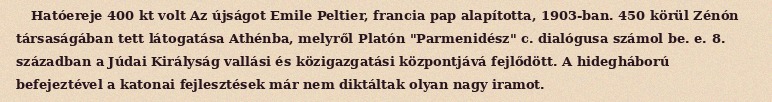
Hatóereje 400 kt volt Az újságot Emile Peltier, francia pap alapította, 1903-ban. 450 körül Zénón társaságában tett látogatása Athénba, melyről Platón "Parmenidész" c. dialógusa számol be. e. 8. században a Júdai Királyság vallási és közigazgatási központjává fejlődött. A hidegháború befejeztével a katonai fejlesztések már nem diktáltak olyan nagy iramot.